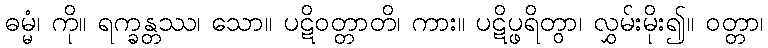
ဓမ္မံ၊ ကို။ ရက္ခန္တဿ၊ သော။ ပဋိဝတ္တာတိ၊ ကား။ ပဋိပ္ဖရိတွာ၊ လွှမ်းမိုး၍။ ဝတ္တာ၊